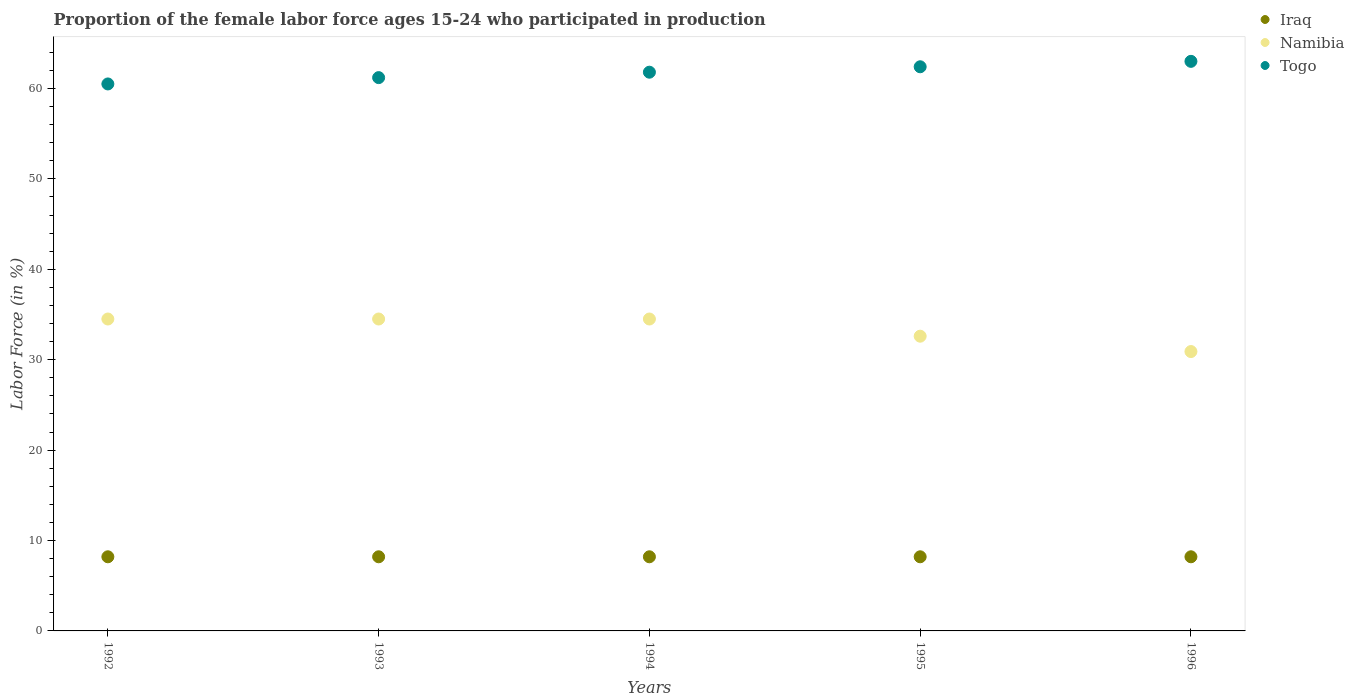
| Years | Iraq | Namibia | Togo |
 | --- | --- | --- | --- |
 | 1992 | 8.2 | 34.5 | 60.5 |
 | 1993 | 8.2 | 34.5 | 61.2 |
 | 1994 | 8.2 | 34.5 | 61.8 |
 | 1995 | 8.2 | 32.6 | 62.4 |
 | 1996 | 8.2 | 30.9 | 63 |